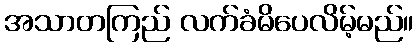
အသာတကြည် လက်ခံမိပေလိမ့်မည်။